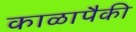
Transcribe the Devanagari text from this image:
काळापैकी